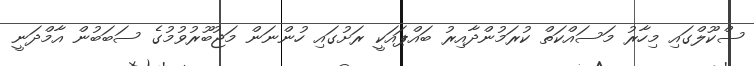
ސްކޫލްގައި މިހާރު މަސައްކަތް ކުރަމުންދާއިރު ބައްޕައަކީ ރަށުގައި ހުންނަން މަޖުބޫރުވުމުގެ ސަބަބުން އާމްދަނީ